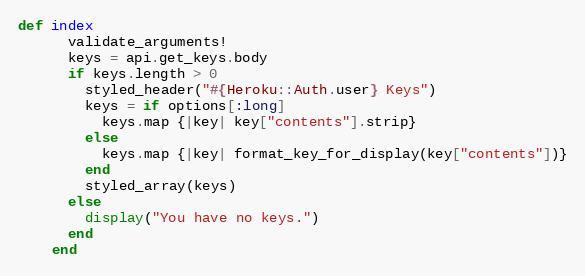
Language: Ruby
def index
      validate_arguments!
      keys = api.get_keys.body
      if keys.length > 0
        styled_header("#{Heroku::Auth.user} Keys")
        keys = if options[:long]
          keys.map {|key| key["contents"].strip}
        else
          keys.map {|key| format_key_for_display(key["contents"])}
        end
        styled_array(keys)
      else
        display("You have no keys.")
      end
    end